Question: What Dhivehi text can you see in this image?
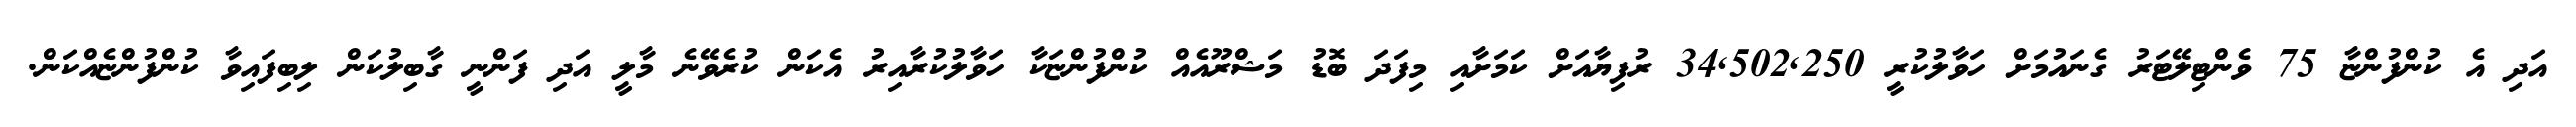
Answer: އަދި އެ ކުންފުންޏާ 75 ވެންޓިލޭޓަރު ގެނައުމަށް ހަވާލުކުރީ 34,502,250 ރުފިޔާއަށް ކަމަށާއި މިފަދަ ބޮޑު މަޝްރޫއެއް ކުންފުންޏަކާ ހަވާލުކުރާއިރު އެކަން ކުރެވޭނެ މާލީ އަދި ފަންނީ ގާބިލުކަން ލިބިފައިވާ ކުންފުންޏެއްކަން.